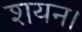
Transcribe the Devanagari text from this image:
शयन।